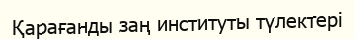
Қарағанды заң институты түлектері